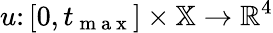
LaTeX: {u\colon[0,t_{\mathrm{~m~a~x~}}]\times\mathbb{X}\to\mathbb{R}^{4}}